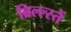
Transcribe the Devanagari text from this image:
ब्रिल्ल्स्तें